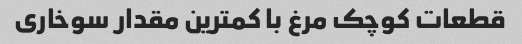
قطعات کوچک مرغ با کمترین مقدار سوخاری